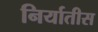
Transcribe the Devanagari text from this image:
निर्यातीस